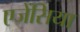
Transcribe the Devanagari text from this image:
एजेंसिया